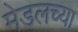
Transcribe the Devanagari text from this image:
मेडलच्या